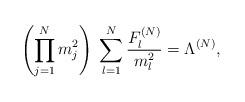
LaTeX: \begin{align*}\left( \prod\limits_{j=1}^N m_j^2 \right) \;\sum\limits_{l=1}^N \frac{F_l^{(N)}}{m_l^2} = \Lambda^{(N)} ,\end{align*}